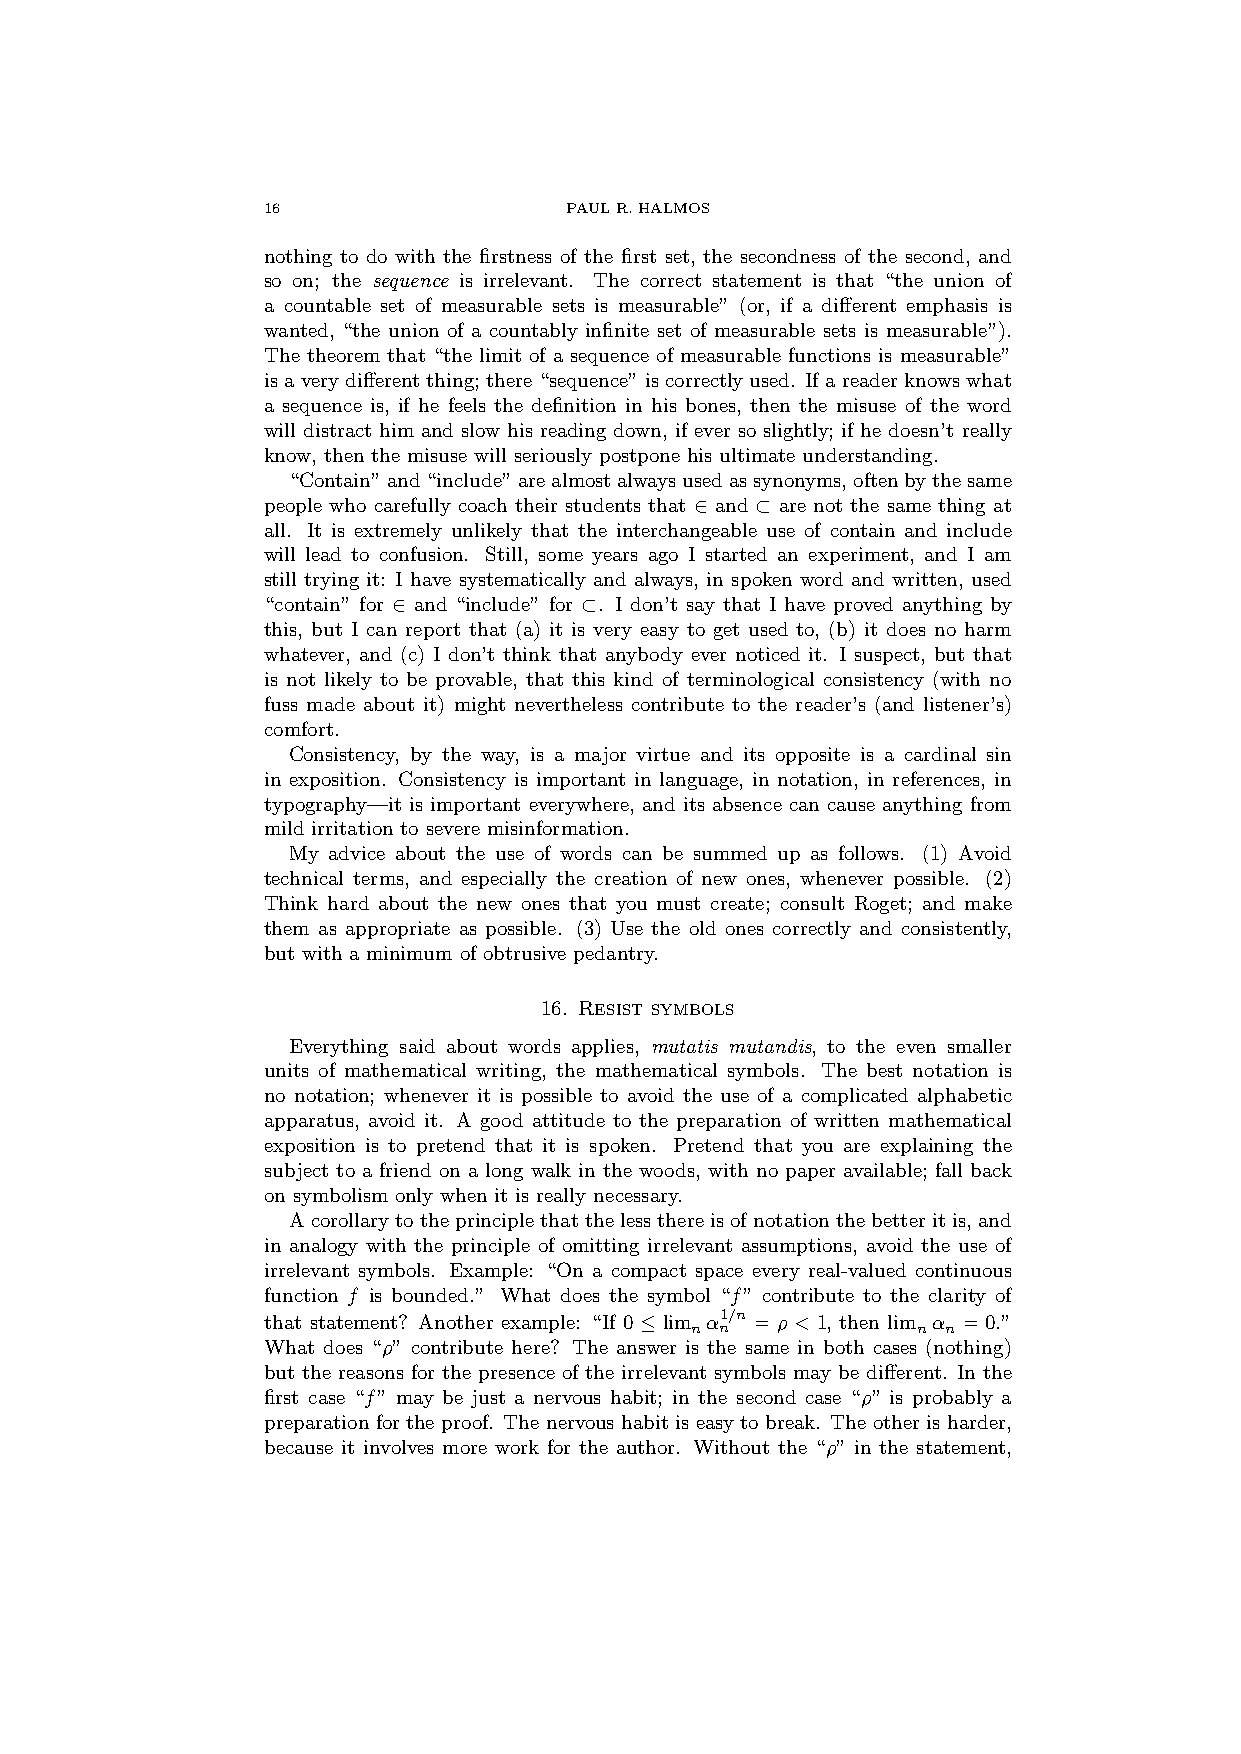
16                  PAULR.HALMOS
 nothing to do with the firstness of the first set, the secondness of the second, and
 so on; the sequence is irrelevant. The correct statement is that “the union of
 a countable set of measurable sets is measurable” (or, if a different emphasis is
 wanted, “the union of a countably infinite set of measurable sets is measurable”).
 The theorem that “the limit of a sequence of measurable functions is measurable”
 isaverydifferentthing; there“sequence”iscorrectlyused. Ifareaderknowswhat
 a sequence is, if he feels the definition in his bones, then the misuse of the word
 will distract him and slow his reading down, if ever so slightly; if he doesn’t really
 know, then the misuse will seriously postpone his ultimate understanding.
 “Contain”and“include”arealmostalwaysusedassynonyms,oftenbythesame
 people who carefully coach their students that ∈ and ⊂ are not the same thing at
 all. It is extremely unlikely that the interchangeable use of contain and include
 will lead to confusion. Still, some years ago I started an experiment, and I am
 still trying it: I have systematically and always, in spoken word and written, used
 “contain” for ∈ and “include” for ⊂. I don’t say that I have proved anything by
 this, but I can report that (a) it is very easy to get used to, (b) it does no harm
 whatever, and (c) I don’t think that anybody ever noticed it. I suspect, but that
 is not likely to be provable, that this kind of terminological consistency (with no
 fuss made about it) might nevertheless contribute to the reader’s (and listener’s)
 comfort.
 Consistency, by the way, is a major virtue and its opposite is a cardinal sin
 in exposition. Consistency is important in language, in notation, in references, in
 typography—it is important everywhere, and its absence can cause anything from
 mild irritation to severe misinformation.
 My advice about the use of words can be summed up as follows. (1) Avoid
 technical terms, and especially the creation of new ones, whenever possible. (2)
 Think hard about the new ones that you must create; consult Roget; and make
 them as appropriate as possible. (3) Use the old ones correctly and consistently,
 but with a minimum of obtrusive pedantry.
 16. Resist symbols
 Everything said about words applies, mutatis mutandis, to the even smaller
 units of mathematical writing, the mathematical symbols. The best notation is
 no notation; whenever it is possible to avoid the use of a complicated alphabetic
 apparatus, avoid it. A good attitude to the preparation of written mathematical
 exposition is to pretend that it is spoken. Pretend that you are explaining the
 subject to a friend on a long walk in the woods, with no paper available; fall back
 on symbolism only when it is really necessary.
 Acorollarytotheprinciplethattheless thereisofnotationthe betteritis, and
 in analogy with the principle of omitting irrelevant assumptions, avoid the use of
 irrelevant symbols. Example: “On a compact space every real-valued continuous
 function f is bounded.” What does the symbol “f” contribute to the clarity of
 that statement? Another example: “If 0 ≤ lim α1/n = ρ < 1, then lim α = 0.”
 n n            n n
 What does “ρ” contribute here? The answer is the same in both cases (nothing)
 but the reasons for the presence of the irrelevant symbols may be different. In the
 first case “f” may be just a nervous habit; in the second case “ρ” is probably a
 preparation for the proof. The nervous habit is easy to break. The other is harder,
 because it involves more work for the author. Without the “ρ” in the statement,